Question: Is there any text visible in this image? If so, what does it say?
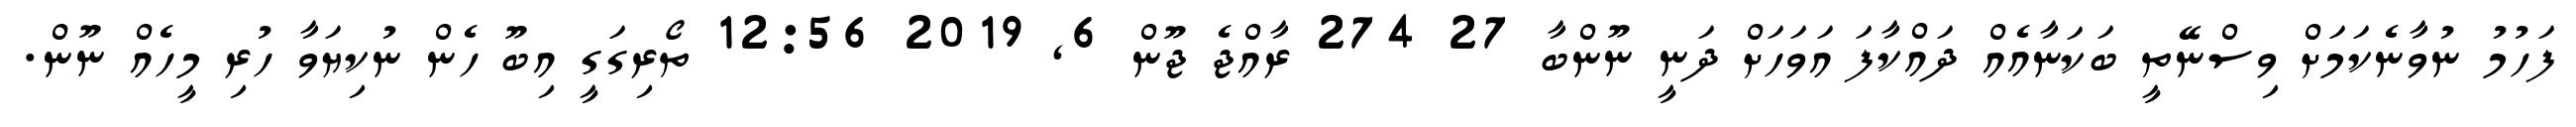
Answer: ފަހުމު ނުވާނެކަމަށް ވިސްނޭތީ ބަކަނާއެއް ދައްކާފަ އަވަހަށް ދަނީ ނޫންބާ 27 274 ރާއްޖެ ޖޫން 6, 2019 12:56 ތޯރިގަގީ އިބޫ ހެން ނުކިޔަވާ ހުރި މީހެއް ނޫން.